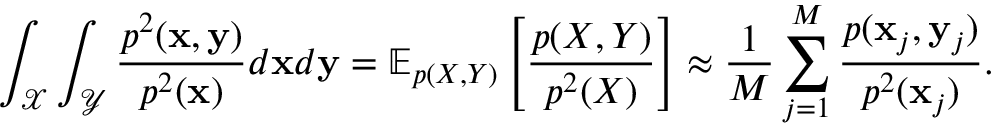
\int _ { \mathcal { X } } \int _ { \mathcal { Y } } \frac { p ^ { 2 } ( \mathbf { x } , \mathbf { y } ) } { p ^ { 2 } ( \mathbf { x } ) } d \mathbf { x } d \mathbf { y } = \mathbb { E } _ { p ( X , Y ) } \left[ \frac { p ( X , Y ) } { p ^ { 2 } ( X ) } \right] \approx \frac { 1 } { M } \sum _ { j = 1 } ^ { M } \frac { p ( \mathbf { x } _ { j } , \mathbf { y } _ { j } ) } { p ^ { 2 } ( \mathbf { x } _ { j } ) } .